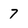
Character: 7